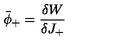
\bar { \phi } _ { + } = \frac { \delta W } { \delta J _ { + } }